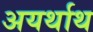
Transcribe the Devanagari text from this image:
अयर्थाथ